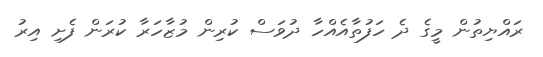
ރައްޔިތުން މީގެ ދެ ހަފުތާއެއްހާ ދުވަސް ކުރިން މުޒާހަރާ ކުރަން ފެށި އިރު